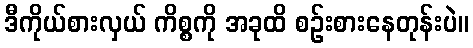
ဒီကိုယ်စားလှယ် ကိစ္စကို အခုထိ စဉ်းစားနေတုန်းပဲ။